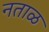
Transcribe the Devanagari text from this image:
नताळ